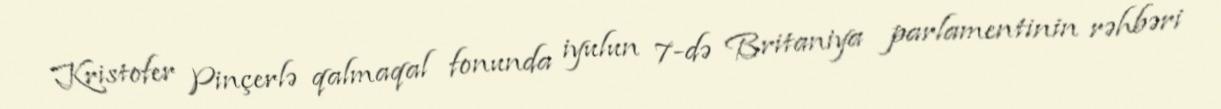
Kristofer Pinçerlə qalmaqal fonunda iyulun 7-də Britaniya parlamentinin rəhbəri